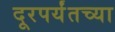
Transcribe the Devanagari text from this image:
दूरपर्यंतच्या